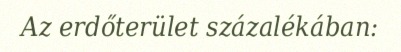
Az erdőterület százalékában: